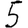
Digit: 5